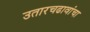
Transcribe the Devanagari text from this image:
उतारचढावांचा